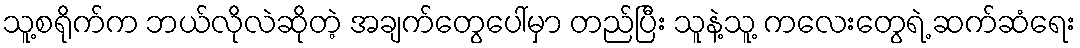
သူ့စရိုက်က ဘယ်လိုလဲဆိုတဲ့ အချက်တွေပေါ်မှာ တည်ပြီး သူနဲ့သူ့ ကလေးတွေရဲ့ ဆက်ဆံရေး